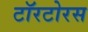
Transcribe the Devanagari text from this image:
टॉरटोरस